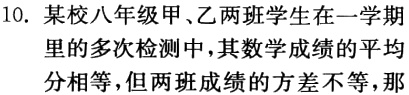
10. 某校八年级甲、乙两班学生在一学期
里的多次检测中，其数学成绩的平均
分相等，但两班成绩的方差不等，那